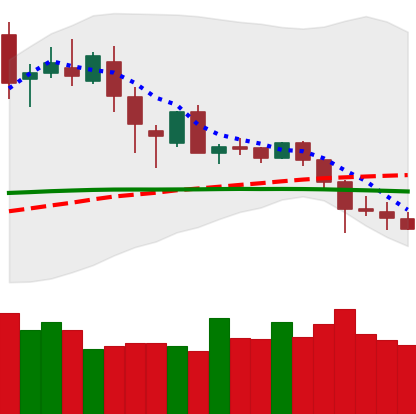
Ticker: DOGE-USD
Chart end date: 2020-02-29
Forward return: 12.125%
Label: up_7plus